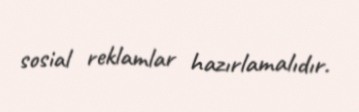
sosial reklamlar hazırlamalıdır.